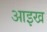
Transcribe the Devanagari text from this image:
आइख